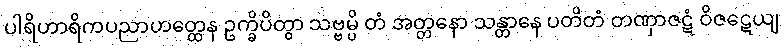
ပါရိဟာရိကပညာဟတ္ထေန ဥက္ခိပိတွာ သဗ္ဗမ္ပိ တံ အတ္တနော သန္တာနေ ပတိတံ တဏှာဇဋံ ဝိဇဋေယျ